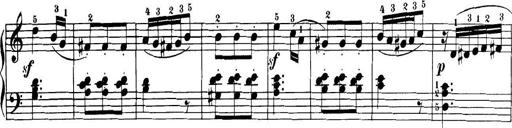
Title: 32 Sonatinas and Rondos for the Piano
Composer: Richard Kleinmichel